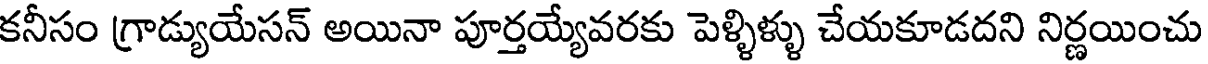
కనీసం గ్రాడ్యుయేసన్ అయినా పూర్తయ్యేవరకు పెళ్ళిళ్ళు చేయకూడదని నిర్ణయించు